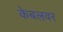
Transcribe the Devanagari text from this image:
केबलवर